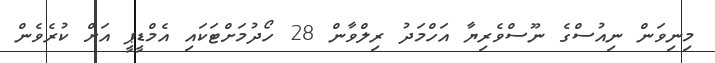
މިނިވަން ނިއުސްގެ ނޫސްވެރިޔާ އަހްމަދު ރިލްވާން 28 ހޯދުމަށްޓަކައި އެމްޑީޕީ އަށް ކުރެވެން